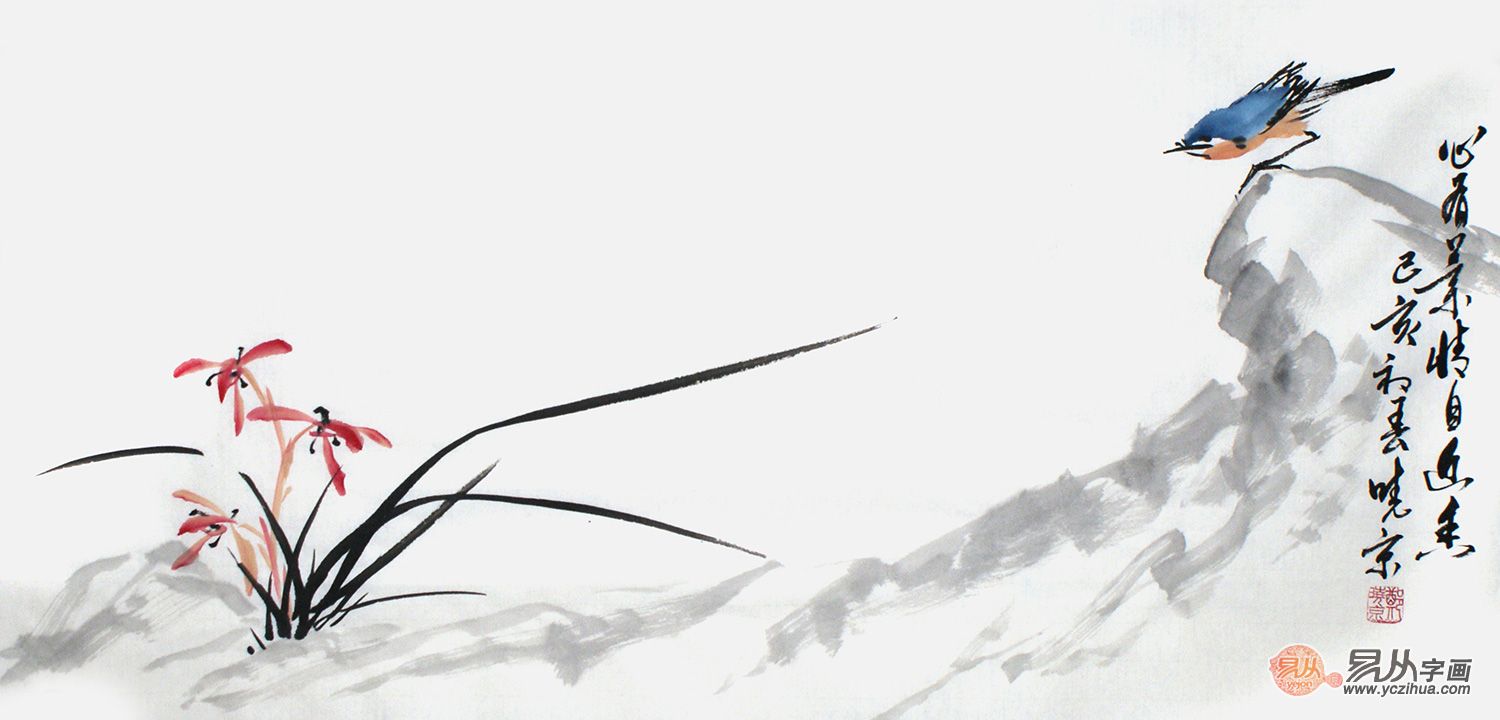
深宫桃李无人问，旧爱玉颜今自恨。